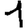
Digit: 1